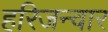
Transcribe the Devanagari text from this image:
हरिजन्वार